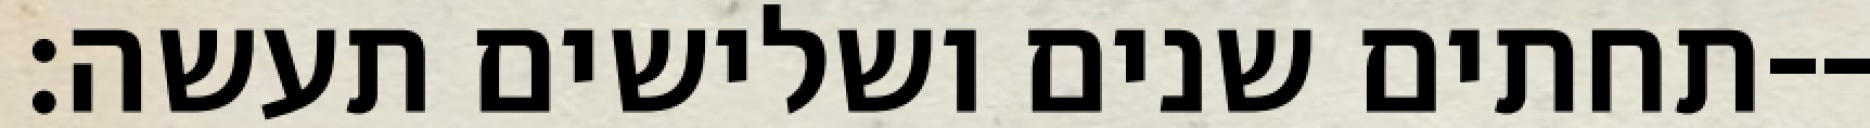
תחתים שנים ושלישים תעשה׃--